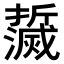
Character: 𤄌